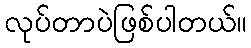
လုပ်တာပဲဖြစ်ပါတယ်။